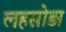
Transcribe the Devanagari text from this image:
लहसोड़ा